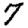
Digit: 7